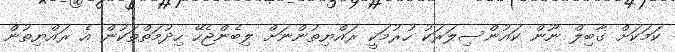
ކަމަކަށް ގާބިލް ނޫން ކައުންސިލަރަކު ހުރުމަކީ ރައްޔިތުންނަށް ލިބެންޖެހޭ ހިދުމަތްތަކުން އެ ރައްޔިތުން